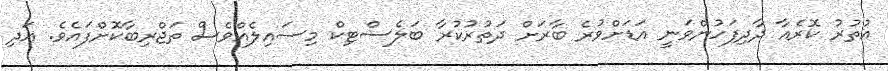
އުތުރު ކޮރެއާ ދާދިފަހުންވަނީ އަޑަށްވުރެ ބާރަށް ދަތުރުކުރާ ބަލެސްޓިކް މިސައިލެއްވެސް ތަޖްރިބާކޮށްފައެވެ. އަދި